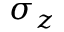
\sigma _ { z }